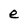
Character: e